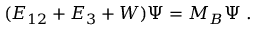
( E _ { 1 2 } + E _ { 3 } + W ) \Psi = M _ { B } \Psi \; .